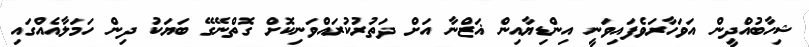
ޝިހާބުއްދީން އަވަހާރަވެފައިވަނީ އިންޑިޔާއިން ޣަޒްނާ އަށް ދަތުރުކުރައްވަނިކޮށް ގޮތްނޭގޭ ބަޔަކު ދިން ހަމަލާއެއްގައި